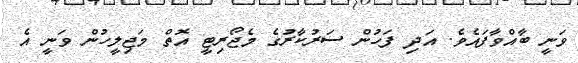
ވަނީ ބާއްވާފައެވެ. އަދި ފަހުން ސަރުކާރުގެ މެޖޯރިޓީ އޮތް މަޖިލީހުން ވަނީ އެ